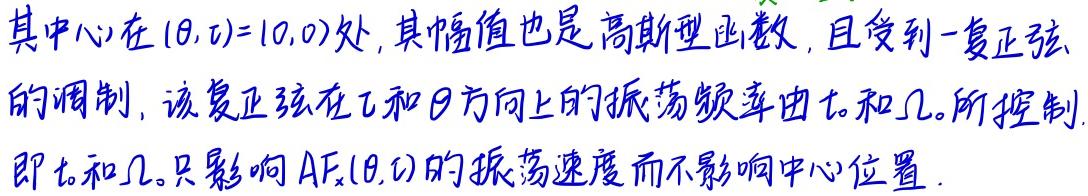
其中心在$(\theta, \tau)=(0,0)$处, 其幅值也是高斯型函数, 且受到一复正弦的调制, 该复正弦在$\tau$和$\theta$方向上的振荡频率由$t_{o}$和$\Omega_{o}$所控制. 即$t_{o}$和$\Omega_{o}$只影响$AF_{x}(\theta, \tau)$的振荡速度而不影响中心位置.